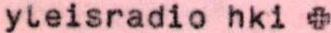
yleisradio hki